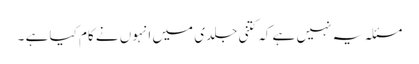
مسئلہ یہ نہیں ہے کہ کتنی جلدی میں انہوں نے کام کیا ہے ۔